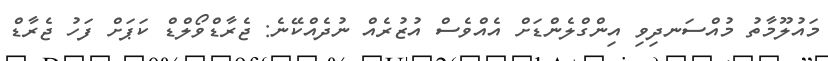
މައުލޫމާތު މުއްސަނދިވި އިންގްލެންޑަށް އެއްވެސް އުޒުރެއް ނުދެއްކޭނެ: ޖެރާޑްވޯލްޑް ކަޕަށް ފަހު ޖެރާޑް